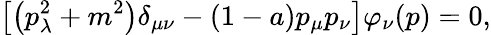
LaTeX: \left[\left(p_{\lambda}^{2}+m^{2}\right)\delta_{\mu\nu}-(1-a)p_{\mu}p_{\nu}\right]\varphi_{\nu}(p)=0,